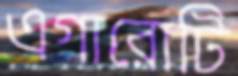
এগারোটি